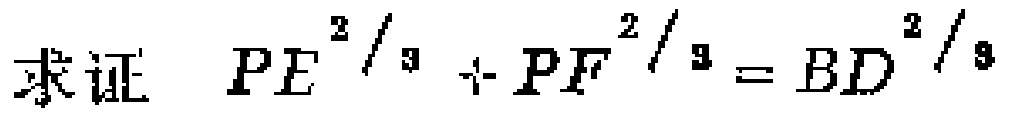
求证 \(PE^{2/3}+PF^{2/3}=BD^{2/3}\)